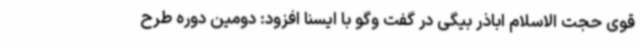
قوی حجت الاسلام اباذر بیگی در گفت وگو با ایسنا افزود: دومین دوره طرح